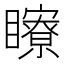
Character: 𥌢